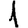
Digit: 1